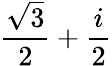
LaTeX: {\frac{\sqrt{3}}{2}}+{\frac{i}{2}}